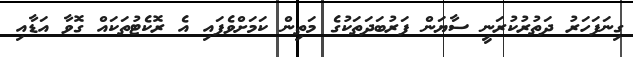
ގިނަފަހަރު ދަތުރުކުރަނީ ސާޔަން ފަރުބަދަތަކުގެ މަތިން ކަމަށްވެފައި އެ ރޮކެޓުތަކައް ގޮވާ އަޑާއި